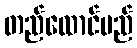
တည်ထောင်မည်